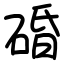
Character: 碈